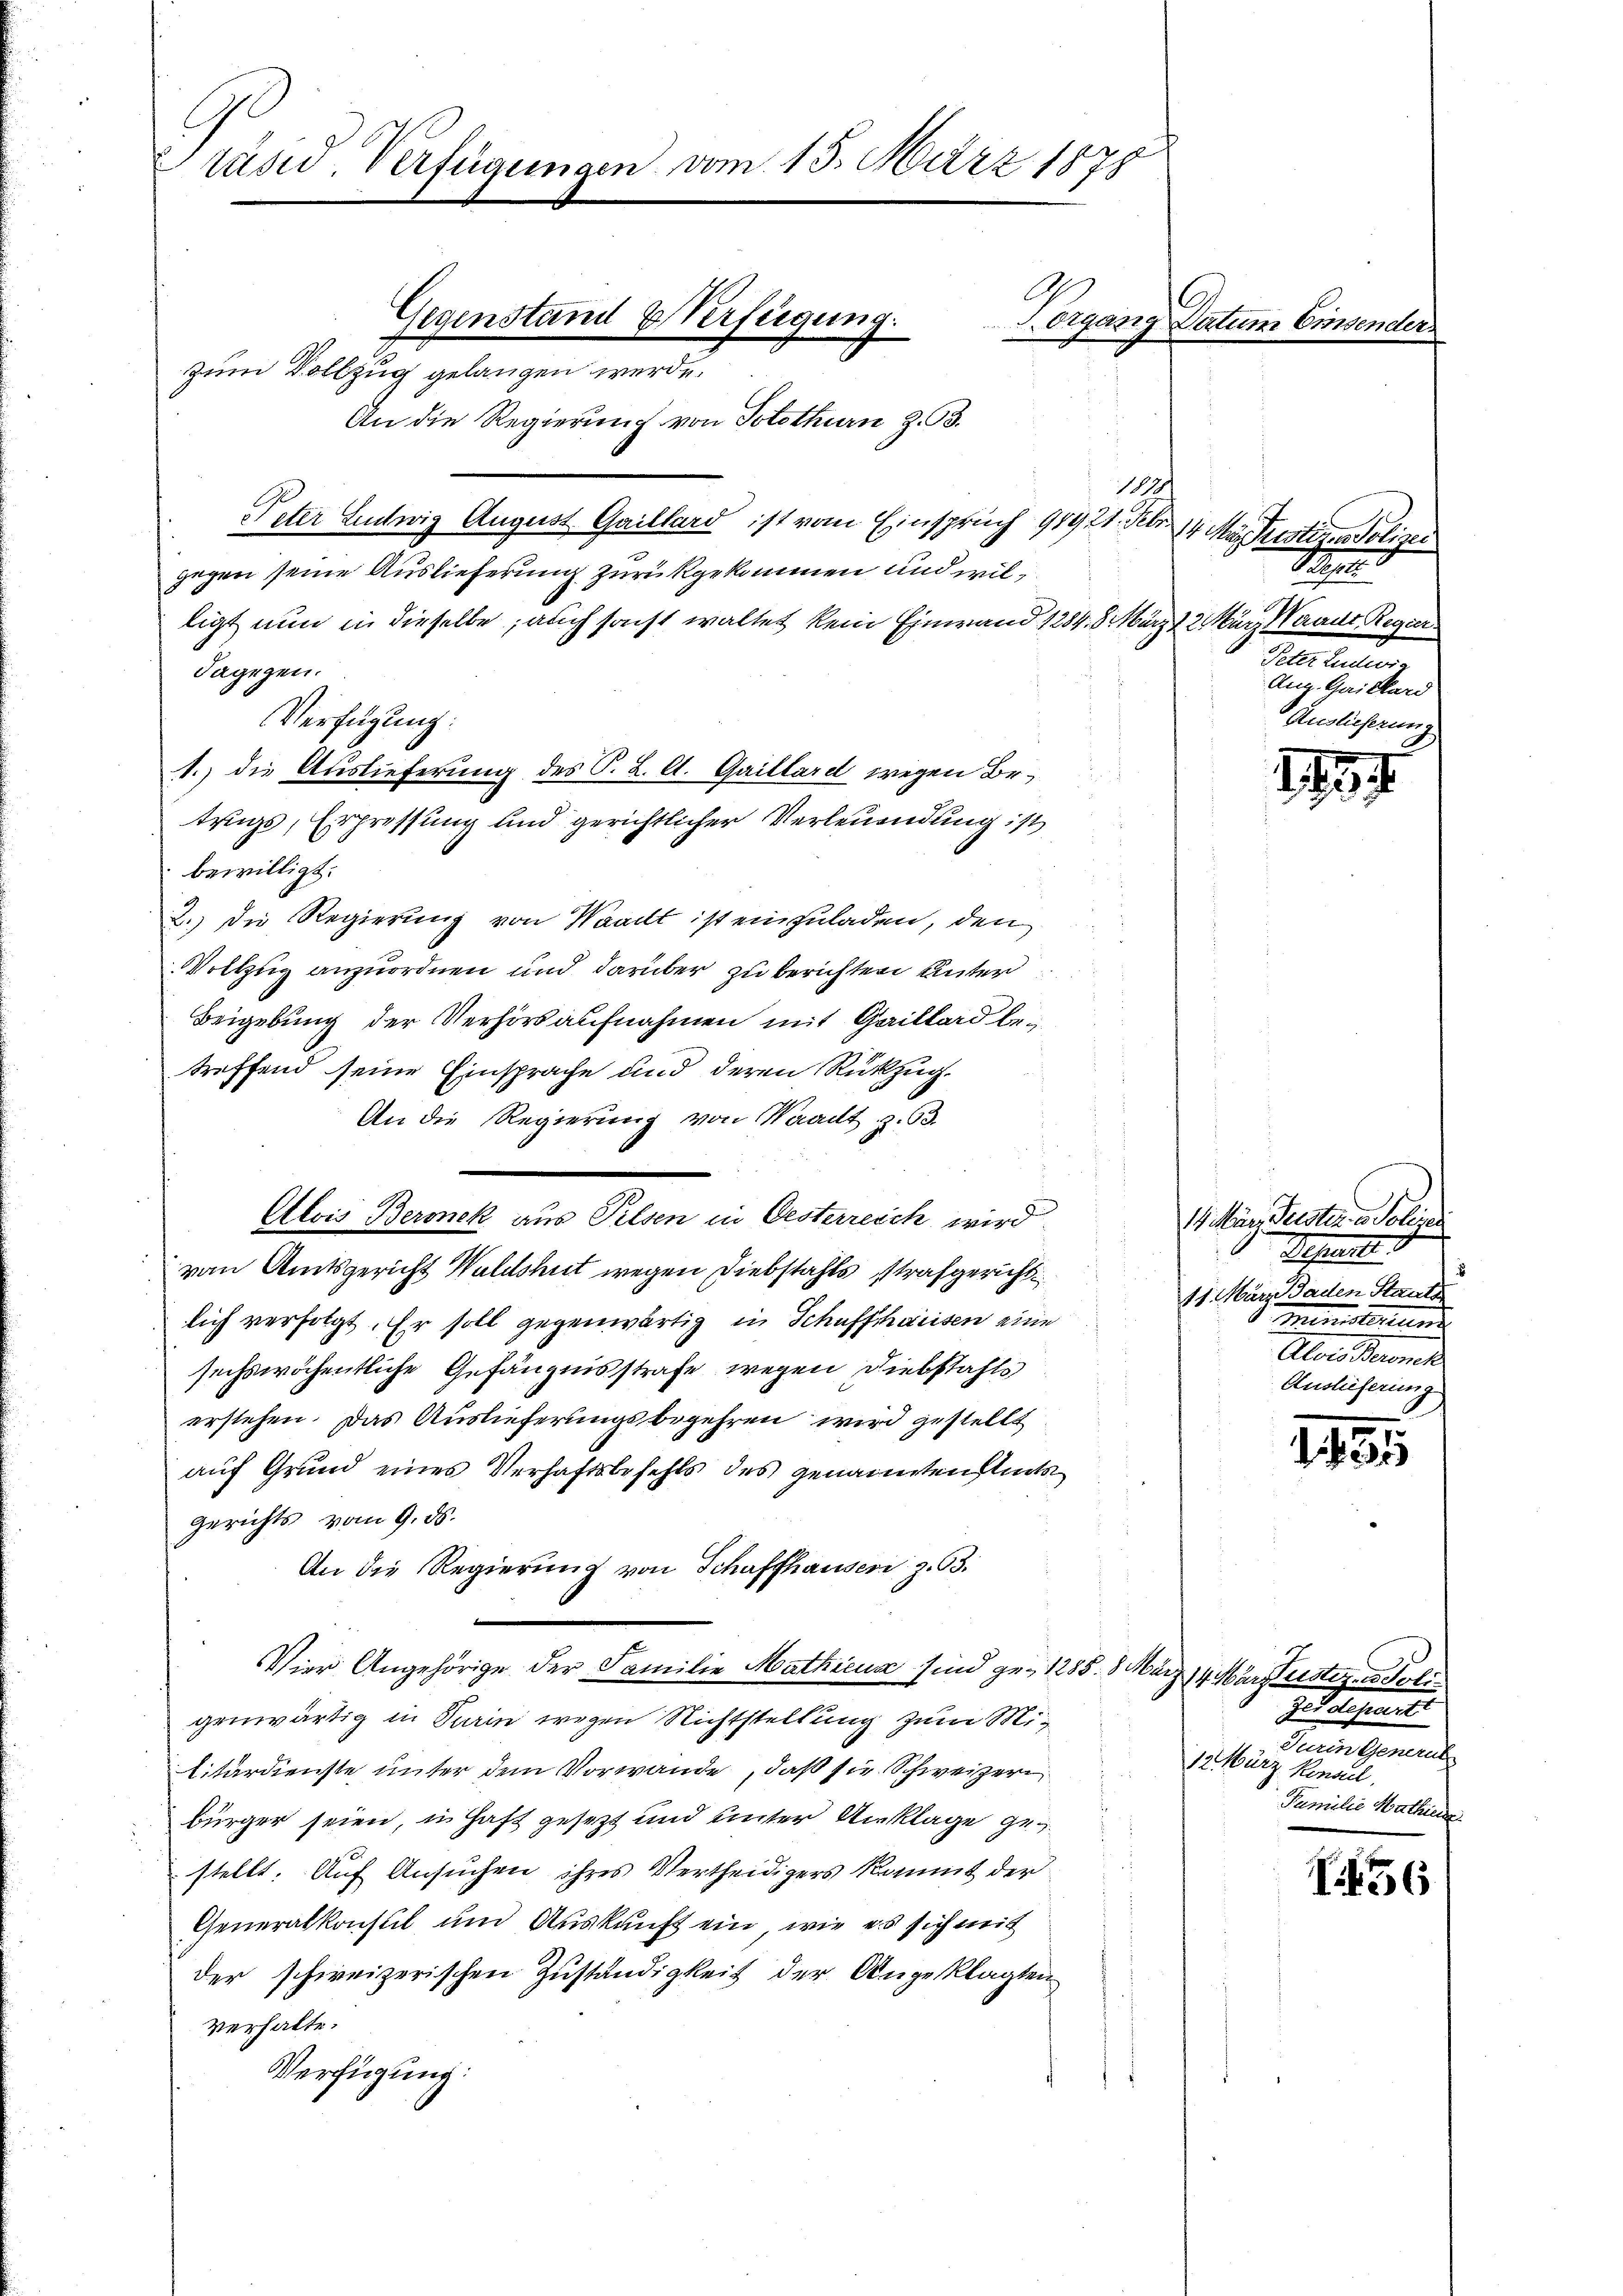
f
Präsid. Verfügungen vom 13. März 1878
Gegenstand & Verfügung.
Norgang Datum Einsender
zum Vollzug gelangen werde.

An die Regierung von Solothurn z. B.

dagegen.

gegen seine Auslieferung zurückgekommen und willigt nun in dieselbe; auch sonst waltet kein Einwand 1284. 8. März
Verfügung:
1.) die Auslieferung des P. L. A. Gaillard wegen Betrugs, Erpressung und gerichtlicher Verleuendung ist
bewilligt.
2.) Die Regierung von Waadt ist einzuladen, den
Vollzug anzuordnen und darüber zu berichten unter
Beigebung der Verhörsaufnahmen mit Gaillard betreffend seine Einsprache und deren Rükzug.
An die Regierung von Waadt z. 63.
Alois Beronek aus Pilsen in Oesterreich wird
von Amtsgericht Waldshut wegen Diebstahls strafgerichtlich verfolgt. Er soll gegenwärtig in Schaffhausen eine
sechswöchentliche Gefängnisstrafe wegen Diebstahls
erstehen. Das Auslieferungsbegehren wird gestellt
auf Grund eines Verhaftsbefehls des genannten Glück
Gerichts vom 9. ds.
An die Regierung von Schaffhausen z. 63.
m
Vier Angehörige der Familie Mathiena sind ge- 1285. 8. März 19 Märzustiz- & Poligenwärtig in Turin wegen Nichtstellung zum Militärdienste unter dem Vorwande, daß sie Schweizeri
bürger seien, u. Haft gesezt und unter Anklage gestellt. Auf Ansuchen ihres Vertheidigers kommt der
Generalkonsul und Auskunft ein, wie es sich mit
der schweizerischen Zuständigkeit der Angeklagten
verhalte.
Verfügung:

113
Peter Ludwig August Gaillard ist vom Einspruch 91921. Febr. 14 Man restiger Polizei

Lehen.
12 März Waadt Regier
Peter Ludwig
Aug. Gaillari
Auslieferung

1734

1. der Testa a lei
Peperte.
11. März Gaden Staats
 Ministerun
Alser Beamt
Auslieferung

1491

Jedenheit
Turin General
12. März Renail.
Familie Mathiene

56